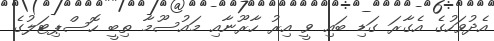
އެދުވަހުގެ އެގާރަ ގަޑި ބައި ވީ އިރު ހާރޫނާއި މައުސޫމާ ތިބީ ހޮސްޕިޓަލުގެ